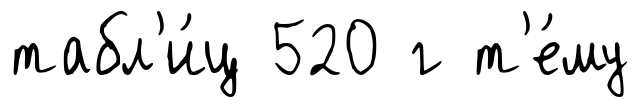
табл'и́ц 520 г т'е́му